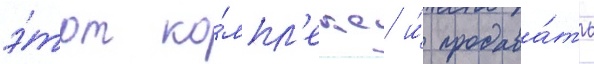
э́тот ко́мпл'екс и́ продава́ть